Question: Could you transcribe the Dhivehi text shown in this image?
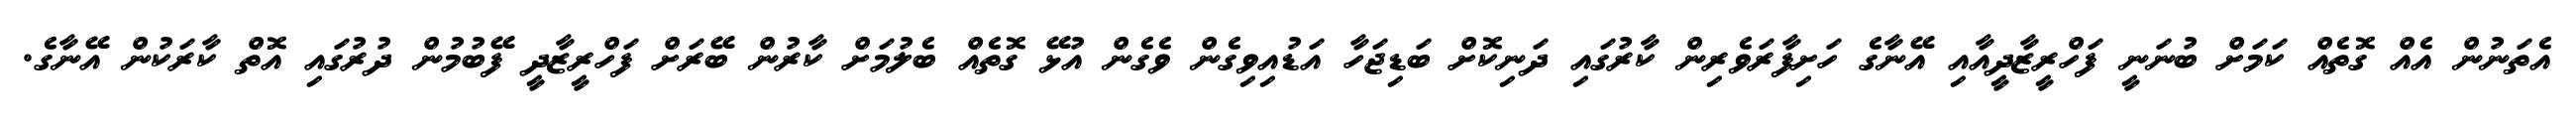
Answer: އެތަނުން އެއް ގޮތެއް ކަމަށް ބުނަނީ ފަހްރީޒާދީއާއި އޭނާގެ ހަށިފާރަވެރިން ކާރުގައި ދަނިކޮށް ބަޑިޖަހާ އަޑުއިވިގެން ވެގެން އުޅޭ ގޮތެއް ބެލުމަށް ކާރުން ބޭރަށް ފަހްރީޒާދީ ފޭބުމުން ދުރުގައި އޮތް ކާރަކުން އޭނާގެ.